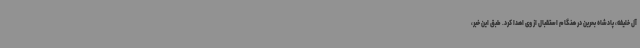
آل خلیفه، پادشاه بحرین در هنگام استقبال از وی اهدا کرد. طبق این خبر،